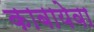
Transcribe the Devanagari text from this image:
काबायेवा